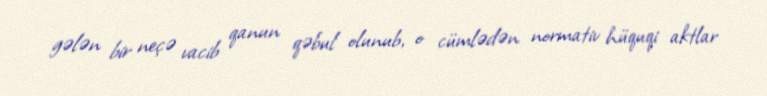
gələn bir neçə vacib qanun qəbul olunub, o cümlədən normativ hüquqi aktlar